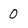
Character: 0